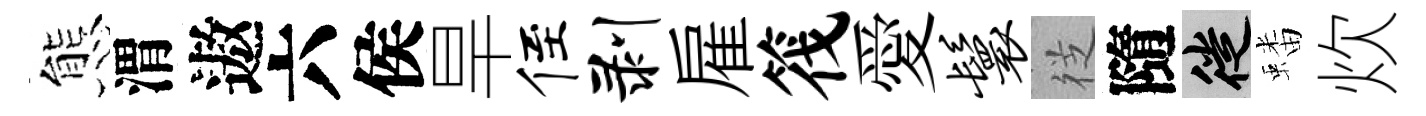
態渭遨六侯旱侄剥雇筏愛鬟徔隨徙蟠炊